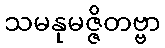
သမနုမဇ္ဇိတဗ္ဗာ